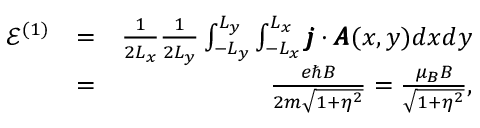
\begin{array} { r l r } { \mathcal { E } ^ { ( 1 ) } } & { = } & { \frac { 1 } { 2 L _ { x } } \frac { 1 } { 2 L _ { y } } \int _ { - L _ { y } } ^ { L _ { y } } \int _ { - L _ { x } } ^ { L _ { x } } \pmb { j } \cdot \pmb { A } ( x , y ) d x d y } \\ & { = } & { \frac { e \hbar B } { 2 m \sqrt { 1 + \eta ^ { 2 } } } = \frac { \mu _ { B } B } { \sqrt { 1 + \eta ^ { 2 } } } , } \end{array}